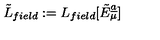
\tilde { L } _ { f i e l d } : = L _ { f i e l d } [ \tilde { E } _ { \mu } \sp { \underline { { a } } } ]